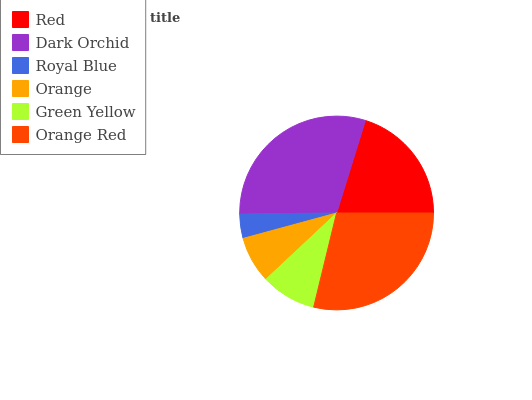
| Red | Dark Orchid | Royal Blue | Orange | Green Yellow | Orange Red |
 | --- | --- | --- | --- | --- | --- |
 | 20.2% | 29.9% | 4.04% | 7.77% | 9.22% | 28.8% |